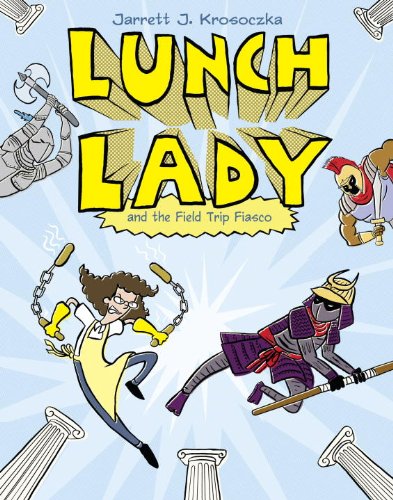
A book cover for Lunch Lady and the Field Trip Fiasco: Lunch Lady #6; Jarrett J. Krosoczka; Children's Books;